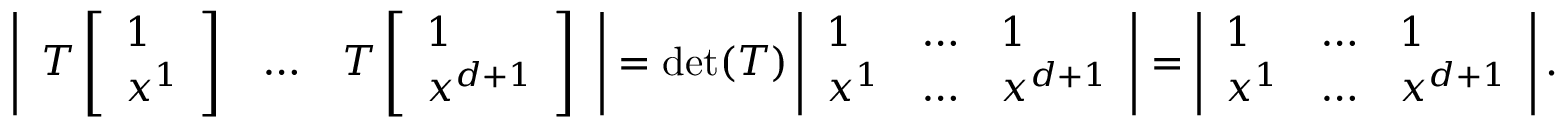
\left| \begin{array} { l l l } { T \left[ \begin{array} { l } { 1 } \\ { x ^ { 1 } } \end{array} \right] } & { \dots } & { T \left[ \begin{array} { l } { 1 } \\ { x ^ { d + 1 } } \end{array} \right] } \end{array} \right| = \operatorname* { d e t } ( T ) \left| \begin{array} { l l l } { 1 } & { \dots } & { 1 } \\ { x ^ { 1 } } & { \dots } & { x ^ { d + 1 } } \end{array} \right| = \left| \begin{array} { l l l } { 1 } & { \dots } & { 1 } \\ { x ^ { 1 } } & { \dots } & { x ^ { d + 1 } } \end{array} \right| .